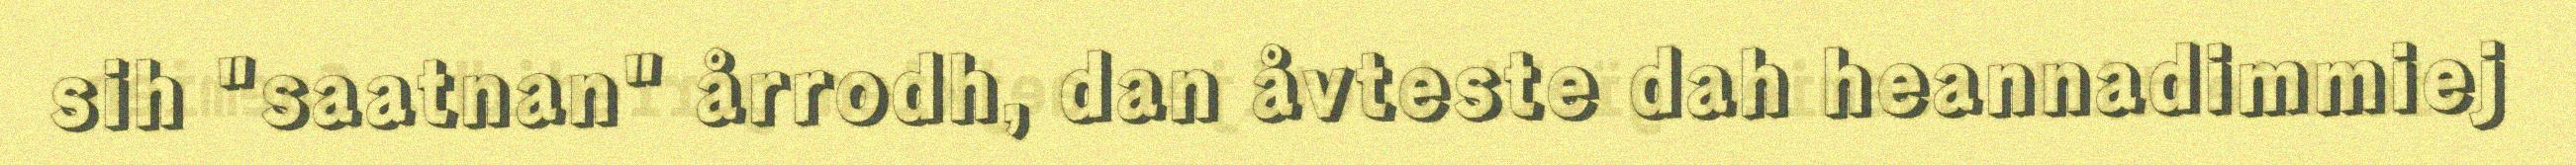
sih "saatnan" årrodh, dan åvteste dah heannadimmiej